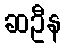
ဆဦန